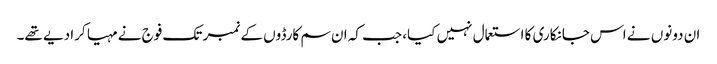
ان دونوں نے اس جانکاری کا استعمال نہیں کیا، جب کہ ان سم کارڈوں کے نمبر تک فوج نے مہیا کرا دیے تھے۔